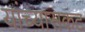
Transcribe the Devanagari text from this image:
यांच्यासकट